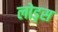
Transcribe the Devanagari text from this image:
लोड्स